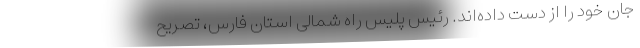
جان خود را از دست داده‌اند. رئیس پلیس راه شمالی استان فارس، تصریح